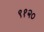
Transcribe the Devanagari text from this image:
९१२०